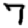
Digit: 7